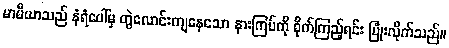
မာမီယာသည် နံရံပေါ်မှ တွဲလောင်းကျနေသော နားကြပ်ကို စိုက်ကြည့်ရင်း ပြုံးလိုက်သည်။